Report of the Indian Hemp Drugs Commission, 1894-1895 - Volume VI
Year: 1894
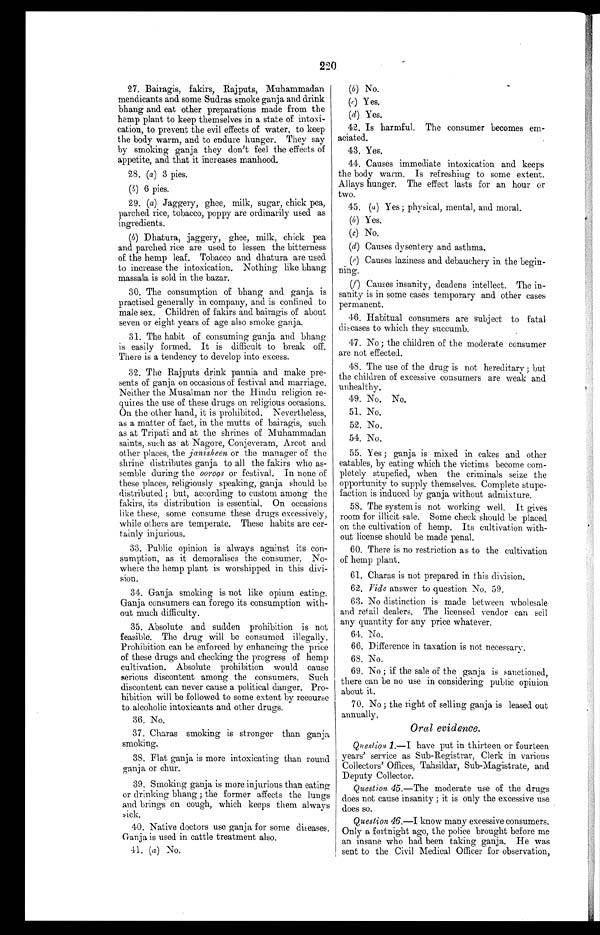
220
27. Bairagis, fakirs, Rajputs, Muhammadan
mendicants and some Sudras smoke ganja and drink
bhang and eat other preparations made from the
hemp plant to keep themselves in a state of intoxi-
cation, to prevent the evil effects of water, to keep
the body warm, and to endure hunger. They say
by smoking ganja they don't feel the effects of
appetite, and that it increases manhood.
28. (a ) 3 pies.
(b) 6 pies.
29. ( a) Jaggery, ghee, milk, sugar, chick pea,
parched rice, tobacco, poppy are ordinarily used as
ingredients.
(b) Dhatura, jaggery, ghee, milk, chick pea
and parched rice are used to lessen the bitterness
of the hemp leaf. Tobacco and dhatura are used
to increase the intoxication. Nothing like bhang
massala is sold in the bazar.
30. The consumption of bhang and ganja is
practised generally in company, and is confined to
male sex. Children of fakirs and bairagis of about
seven or eight years of age also smoke ganja.
31. The habit of consuming ganja and bhang
is easily formed. It is difficult to break off.
There is a tendency to develop into excess.
32. The Rajputs drink pannia and make pre-
sents of ganja on occasions of festival and marriage.
Neither the Musalman nor the Hindu religion re-
quires the use of these drugs on religious occasions.
On the other hand, it is prohibited. Nevertheless,
as a matter of fact, in the mutts of bairagis, such
as at Tripati and at the shrines of Muhammadan
saints, such as at Nagore, Conjeveram, Arcot and
other places, the janisheen or the manager of the
shrine distributes ganja to all the fakirs who as-
semble during the ooroos or festival. In none of
these places, religiously speaking, ganja should be
distributed; but, according to custom among the
fakirs, its distribution is essential. On occasions
like these, some consume these drugs excessively,
while others are temperate. These habits are cer-
tainly injurious.
33. Public opinion is always against its con-
sumption, as it demoralises the consumer. No-
where the hemp plant is worshipped in this divi-
sion.
34. Ganja smoking is not like opium eating.
Ganja consumers can forego its consumption with-
out much difficulty.
35. Absolute and. sudden prohibition is not
feasible. The drug will be consumed illegally.
Prohibition can be enforced by enhancing the price
of these drugs and checking the progress of hemp
cultivation. Absolute prohibition would cause
serious discontent among the consumers. Such
discontent can never cause a political danger. Pro-
hibition will be followed to some extent by recourse
to alcoholic intoxicants and other drugs.
36. No.
37. Charas smoking is stronger than ganja
smoking.
38. Flat ganja is more intoxicating than round
ganja or chur.
39. Smoking ganja is more injurious than eating
or drinking bhang ; the former affects the lungs
and brings on cough, which keeps them always
sick.
40. Native doctors use ganja for some diseases.
Ganja is used in cattle treatment also.
41. (a) No.
(b) (b) No.
(c) Yes.
(d) Yes.
42. Is harmful. The consumer becomes em-
aciated.
43. Yes.
44. Causes immediate intoxication and keeps
the body warm. Is refreshing to some extent.
Allays hunger. The effect lasts for an hour or
two.
45. (a ) Yes; physical, mental, and moral.
(b ) Yes.
(c) No.
(d) Causes dysentery and asthma.
(e) Causes laziness and debauchery in the begin-
ning.
(f ) Causes insanity, deadens intellect. The in-
sanity is in some cases temporary and other cases
permanent.
46. Habitual consumers are subject to fatal
diseases to which they succumb.
•
47. No ; the children of the moderate consumer
are not effected.
48. The use of the drug is not hereditary ; but
the children of excessive consumers are weak and
unhealthy.
49. No. No.
51.. No.
52. No.
5.3. No.
54. Yes ; ganja is mixed in cakes and other
eatables, by eating which the victims become com-
pletely stupefied, when the criminals seize the
opportunity to supply themselves. Complete stupe-
faction is induced by ganja without admixture.
58. The system is not working well. It gives
room. for illicit sale. Some check should be placed
on the cultivation of hemp. Its cultivation with-
out license should be made penal.
60. There is no restriction as to the cultivation
of hemp plant.
61. Charas is not prepared in this division.
62. Vide answer to question No. 59.
63. No distinction is made between wholesale
and retail dealers. The licensed vendor can sell
any quantity for any price whatever.
64. No.
66. Difference in taxation is not necessary.
68. No.
69. No ; if the sale of the ganja is sanctioned,
there can be no use in considering public opinion
about it.
70. No ; the right of selling ganja, is leased out
annually.
Oral evidence.
Question 1.- I have put in thirteen or fourteen
years' service as Sub-Registrar, Clerk in various
Collectors' Offices, Tahsildar, Sub-Magistrate, and
Deputy Collector.
Question 45.-The moderate use of the drugs
does not cause insanity ; it is only the excessive use
does so.
Question 46.-I know many excessive consumers.
Only a fortnight ago, the police brought before me
an insane who had been taking ganja. He was
sent to the Civil Medical Officer for observation,